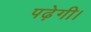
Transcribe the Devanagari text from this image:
पढ़ेगी।